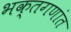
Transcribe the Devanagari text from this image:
भक्तगणांत